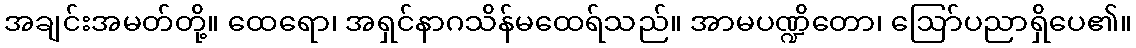
အချင်းအမတ်တို့။ ထေရော၊ အရှင်နာဂသိန်မထေရ်သည်။ အာမပဏ္ဍိတော၊ ဩော်ပညာရှိပေ၏။